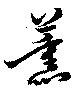
薰